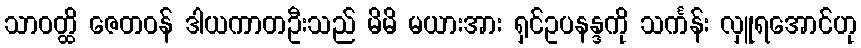
သာဝတ္ထိ ဇေတဝန် ဒါယကာတဦးသည် မိမိ မယားအား ရှင်ဥပနန္ဒကို သင်္ကန်း လှူရအောင်ဟု